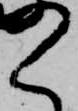
く